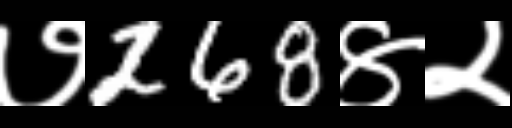
Text: ७268४२